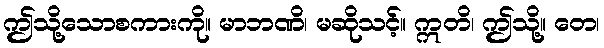
ဤသို့သောစကားကို။ မာဘဏိ၊ မဆိုသင့်။ ဣတိ၊ ဤသို့။ တေ၊